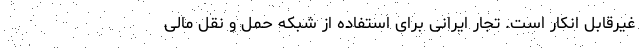
غیرقابل انکار است. تجار ایرانی برای استفاده از شبکه حمل‌ و نقل مالی